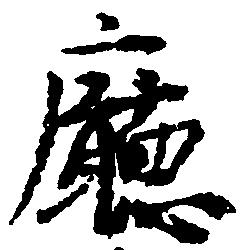
庁